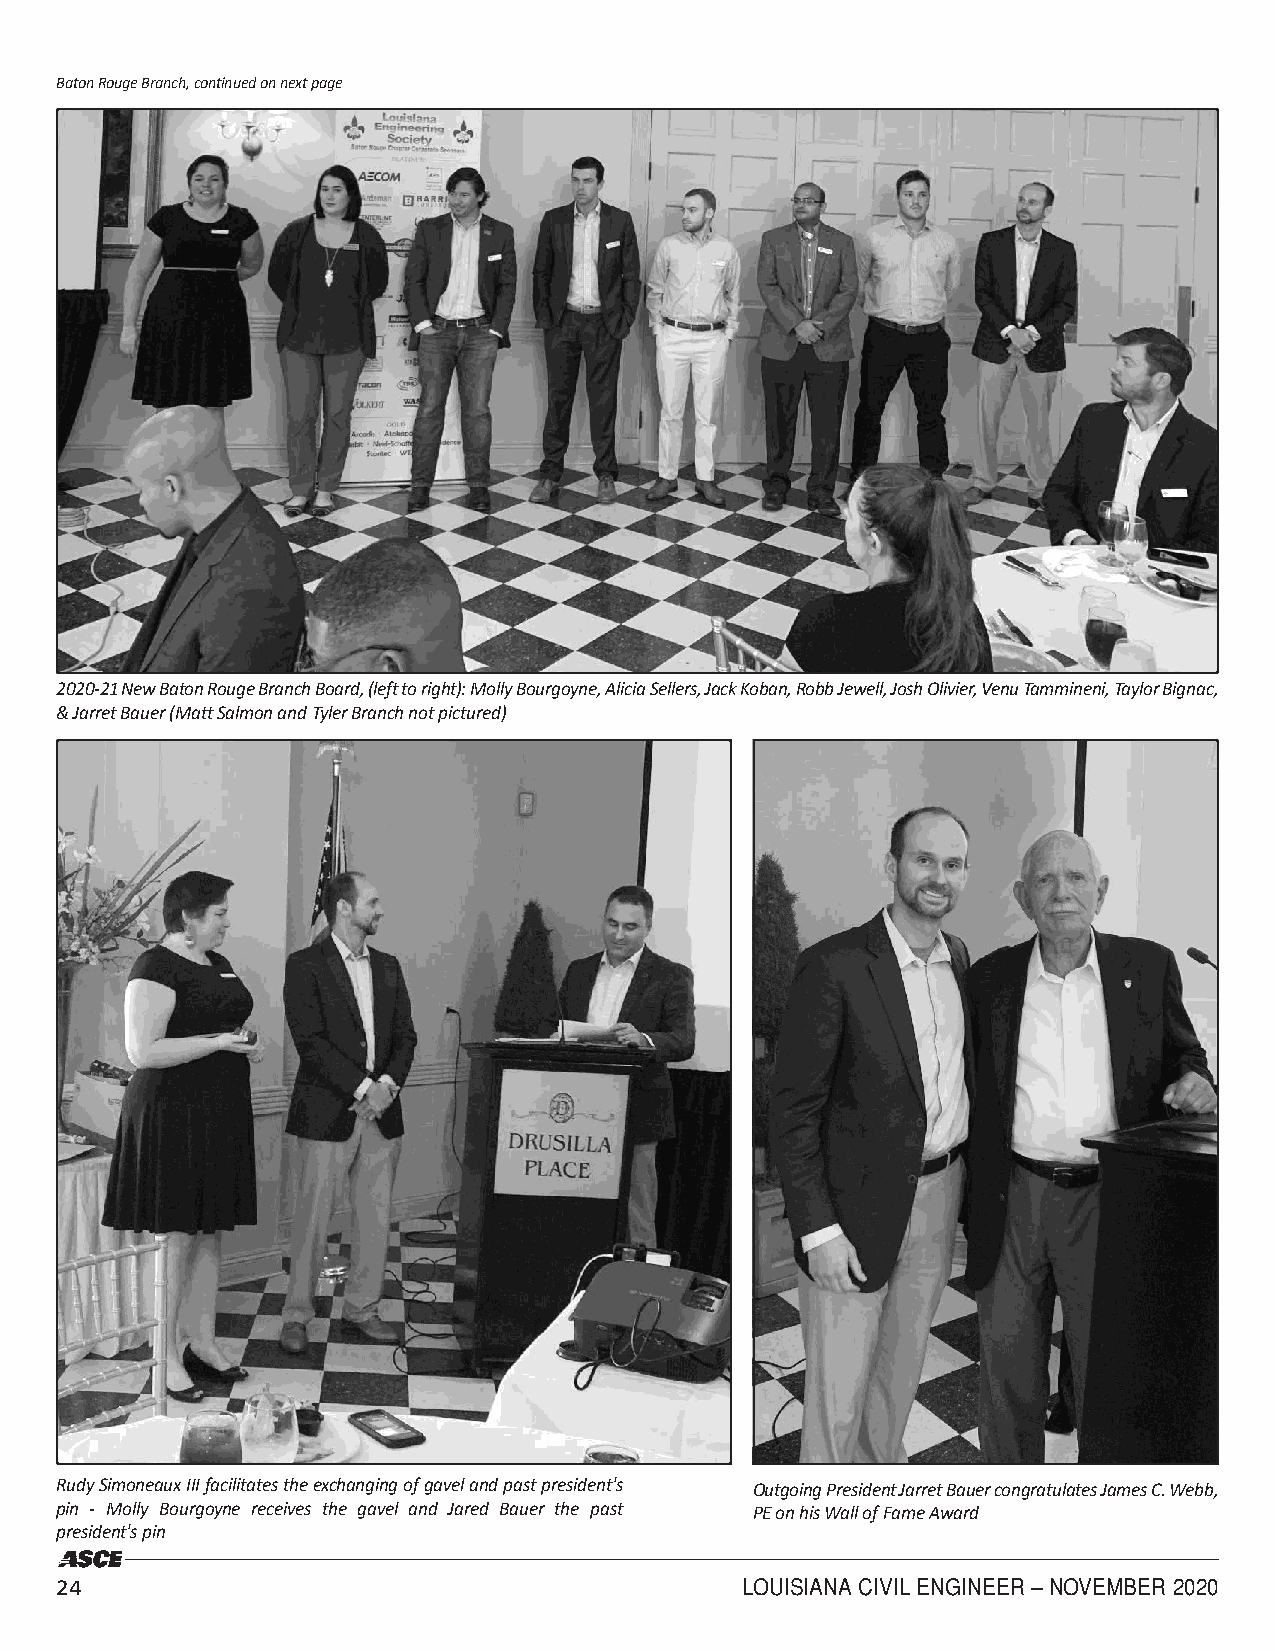
Baton Rouge Branch, continued on next page
 2020-21 New Baton Rouge Branch Board, (left to right): Molly Bourgoyne, Alicia Sellers, Jack Koban, Robb Jewell, Josh Olivier, Venu Tammineni, Taylor Bignac,
 & Jarret Bauer (Matt Salmon and Tyler Branch not pictured)
 Rudy Simoneaux III facilitates the exchanging of gavel and past president's Outgoing President Jarret Bauer congratulates James C. Webb,
 pin - Molly Bourgoyne receives the gavel and Jared Bauer the past PE on his Wall of Fame Award
 president's pin
 24                                           LOUISIANA CIVIL ENGINEER – NOVEMBER 2020